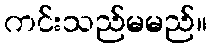
ကင်းသည်မမည်။